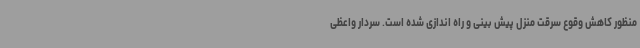
منظور کاهش وقوع سرقت منزل پیش بینی و راه اندازی شده است. سردار واعظی